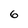
Character: 6